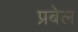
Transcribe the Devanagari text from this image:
प्रबेल